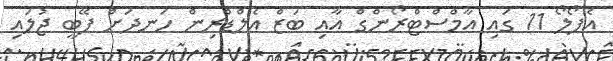
އެޕޯލޯ 11 ގައި އާމްސްޓްރޯންގް އާއި ބަޒް އެލްޑްރިން ހަނދަށް ފޭބީ ޖުލައި